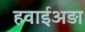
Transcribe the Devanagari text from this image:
हवाईअड़ा